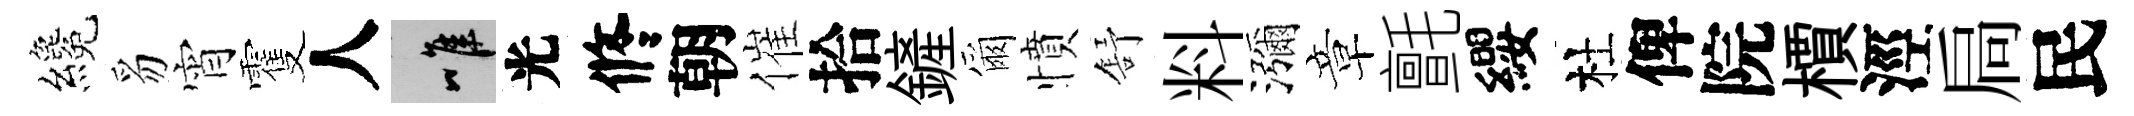
纔豸宵䨥人唯光修朝催拾鏟爾憤舒料瀰章氈纓杜俾院檟涇扃民